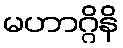
မဟာဂ္ဂိနိ